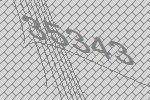
35343